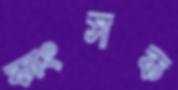
কাংসক